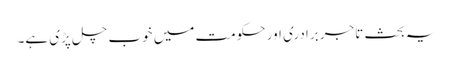
یہ بحث تاجر برادری اور حکومت میں خوب چل پڑی ہے۔